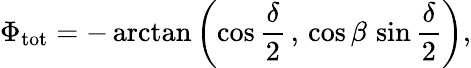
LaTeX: \Phi_{\mathrm{tot}}=-\arctan{\left(\cos{\frac{\delta}{2}}\, ,\, \cos{\beta}\, \sin{\frac{\delta}{2}}\right)},